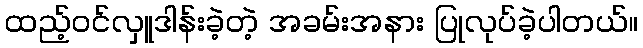
ထည့်ဝင်လှူဒါန်းခဲ့တဲ့ အခမ်းအနား ပြုလုပ်ခဲ့ပါတယ်။